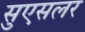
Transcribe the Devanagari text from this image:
सुएसलर